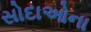
સોદાઓના